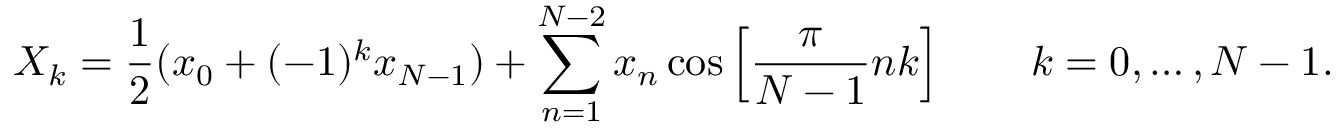
X _ { k } = { \frac { 1 } { 2 } } ( x _ { 0 } + ( - 1 ) ^ { k } x _ { N - 1 } ) + \sum _ { n = 1 } ^ { N - 2 } x _ { n } \cos \left[ { \frac { \pi } { N - 1 } } n k \right] \quad \quad k = 0 , \dots , N - 1 .